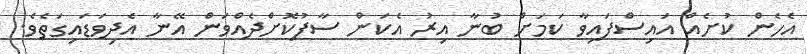
އެހެން ކުށެއް އައިސްފައިވާ ކަމަށް ބުނާ އިރު އެކަން ސާފުކޮށްދެއްވަން އޭނާ އެދިވަޑައިގަތެވެ.